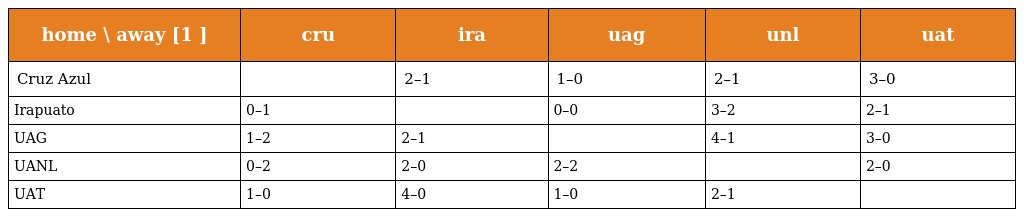
| home \ away [1 ] | cru | ira | uag | unl | uat |
 | --- | --- | --- | --- | --- | --- |
 | Cruz Azul |  | 2–1 | 1–0 | 2–1 | 3–0 |
 | Irapuato | 0–1 |  | 0–0 | 3–2 | 2–1 |
 | UAG | 1–2 | 2–1 |  | 4–1 | 3–0 |
 | UANL | 0–2 | 2–0 | 2–2 |  | 2–0 |
 | UAT | 1–0 | 4–0 | 1–0 | 2–1 |  |